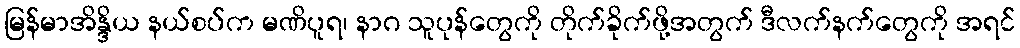
မြန်မာအိန္ဒိယ နယ်စပ်က မဏိပူရ၊ နာဂ သူပုန်တွေကို တိုက်ခိုက်ဖို့အတွက် ဒီလက်နက်တွေကို အရင်